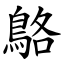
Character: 鴼